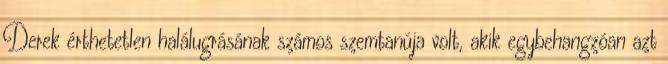
Derek érthetetlen halálugrásának számos szemtanúja volt, akik egybehangzóan azt